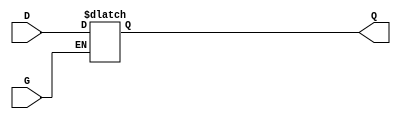
module gated_transparent_latch (
    input wire D,   // Data Input
    input wire G,   // Gate/Enable Input
    output reg Q    // Output
);

// Always block triggered by changes in G or D
always @(*) begin
    if (G) begin
        // When G is high, output follows the input
        Q = D;
    end
    // If G is low, Q retains its last value (holds)
end

endmodule